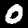
Label: 0